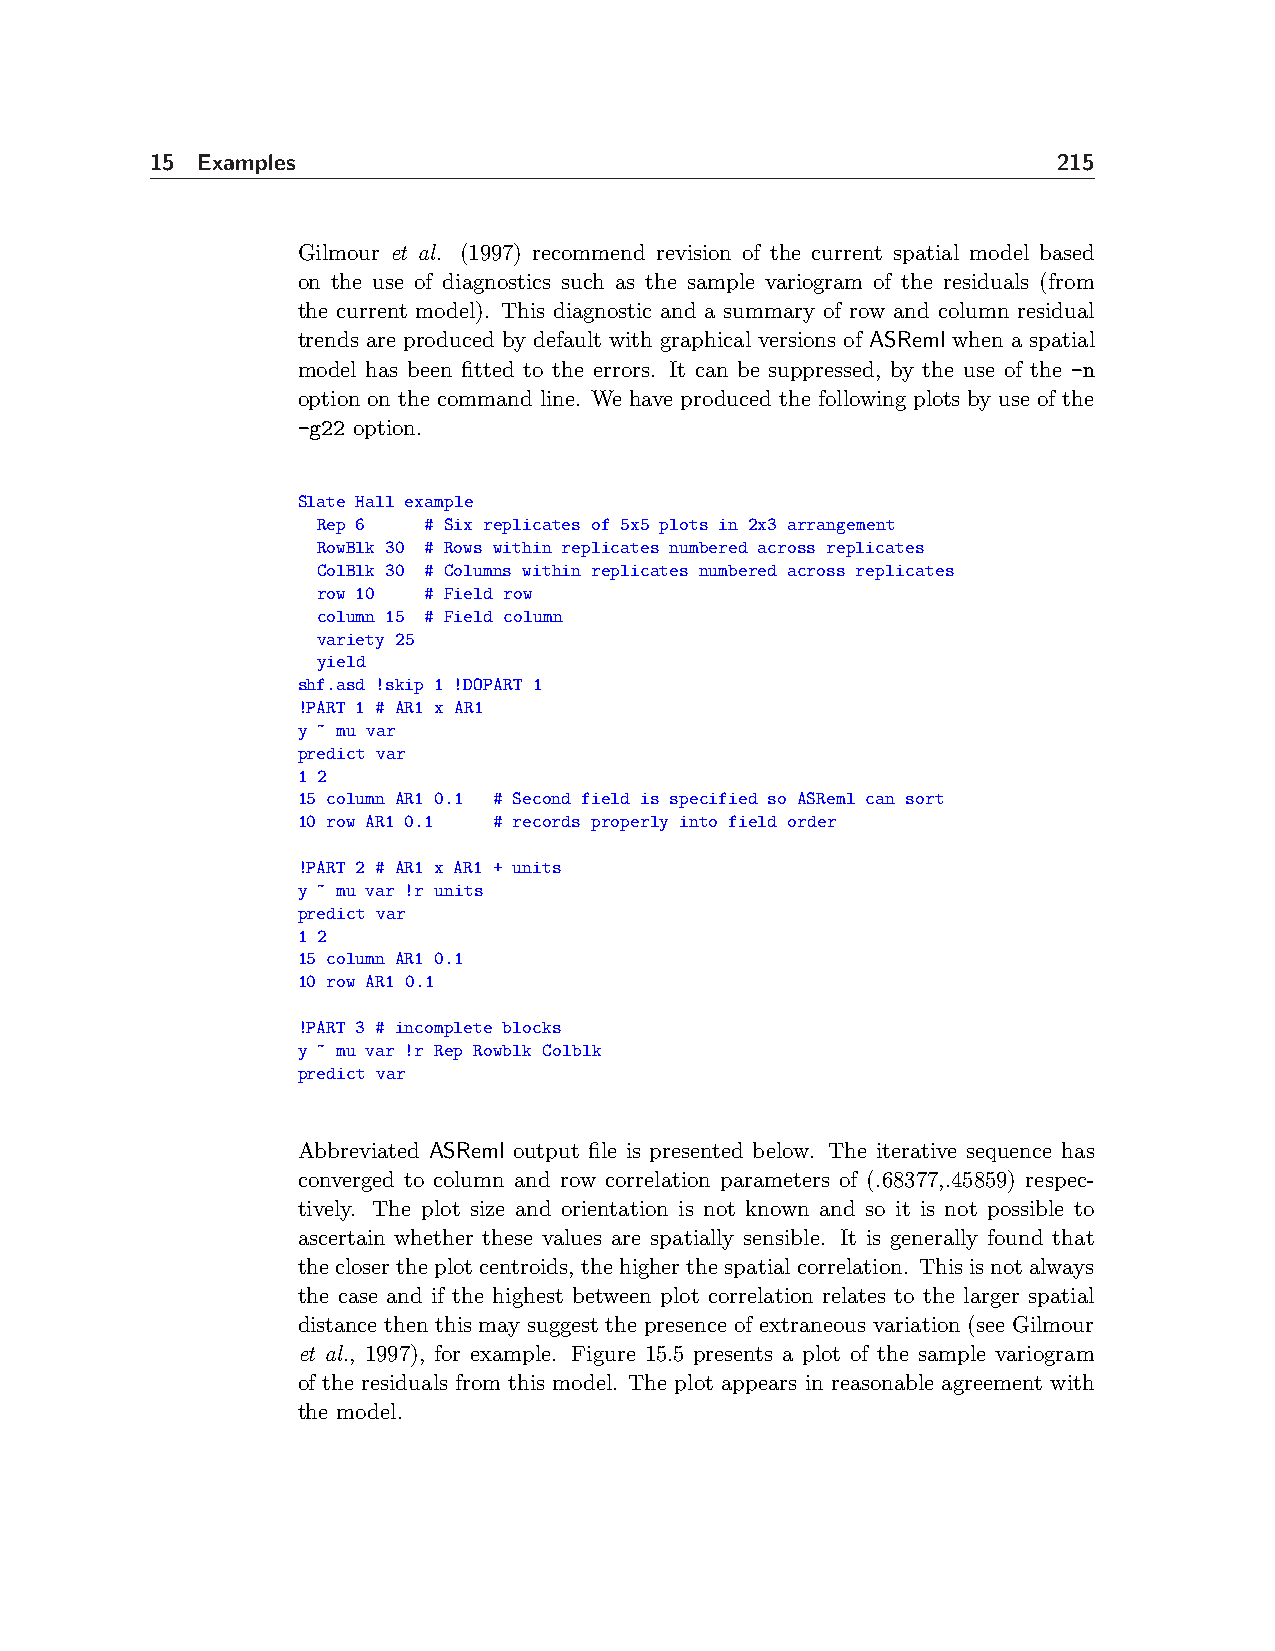
15 Examples                                                 215
 Gilmour et al. (1997) recommend revision of the current spatial model based
 on the use of diagnostics such as the sample variogram of the residuals (from
 the current model). This diagnostic and a summary of row and column residual
 trends are produced by default with graphical versions of ASReml when a spatial
 model has been fitted to the errors. It can be suppressed, by the use of the -n
 option on the command line. We have produced the following plots by use of the
 -g22 option.
 Slate Hall example
 Rep 6  # Six replicates of 5x5 plots in 2x3 arrangement
 RowBlk 30 # Rows within replicates numbered across replicates
 ColBlk 30 # Columns within replicates numbered across replicates
 row 10 # Field row
 column 15 # Field column
 variety 25
 yield
 shf.asd !skip 1 !DOPART 1
 !PART 1 # AR1 x AR1
 y ~ mu var
 predict var
 1 2
 15 column AR1 0.1 # Second field is specified so ASReml can sort
 10 row AR1 0.1 # records properly into field order
 !PART 2 # AR1 x AR1 + units
 y ~ mu var !r units
 predict var
 1 2
 15 column AR1 0.1
 10 row AR1 0.1
 !PART 3 # incomplete blocks
 y ~ mu var !r Rep Rowblk Colblk
 predict var
 Abbreviated ASReml output file is presented below. The iterative sequence has
 converged to column and row correlation parameters of (.68377,.45859) respec-
 tively. The plot size and orientation is not known and so it is not possible to
 ascertain whether these values are spatially sensible. It is generally found that
 theclosertheplotcentroids, thehigherthespatialcorrelation. Thisisnotalways
 the case and if the highest between plot correlation relates to the larger spatial
 distance then this may suggest the presence of extraneous variation (see Gilmour
 et al., 1997), for example. Figure 15.5 presents a plot of the sample variogram
 of the residuals from this model. The plot appears in reasonable agreement with
 the model.